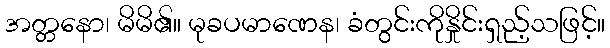
အတ္တနော၊ မိမိ၏။ မုခပမာဏေန၊ ခံတွင်းကိုနှိုင်းရှည့်သဖြင့်။